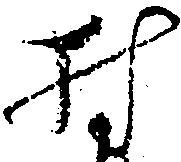
村